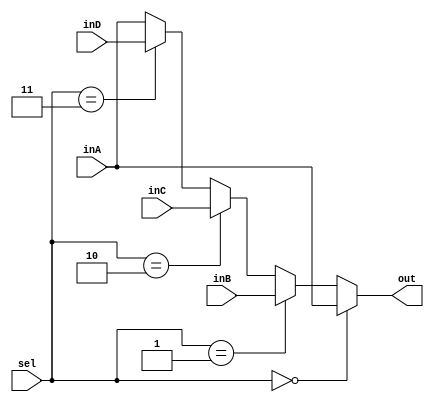
`timescale 1ns / 1ps
//////////////////////////////////////////////////////////////////////////////////
// Company: 
// Engineer: 
// 
// Design Name: 
// Module Name: Mux32Bit4To1
// Project Name: 
// Target Devices: 
// Tool Versions: 
// Description: 
// 
// Dependencies: 
// 
// Revision:
// Revision 0.01 - File Created
// Additional Comments:
// 
//////////////////////////////////////////////////////////////////////////////////


module Mux32Bit4To1(out, inA, inB, inC, inD, sel);

    input [31:0] inA, inB, inC, inD;
    input [1:0] sel;
    
    output reg [31:0] out;
    
    always@(sel, inA, inB, inC, inD) begin
        if (sel == 2'd0)
            out <= inA;
        else if (sel == 2'd1)
            out <= inB;
        else if (sel == 2'd2)
            out <= inC;
        else if (sel == 2'd3)
            out <= inD;
        else
            out <= inA;
    end
endmodule